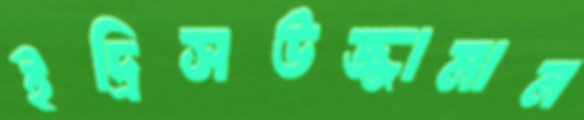
ইদ্রিসউজ্জামান